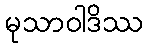
မုသာဝါဒိဿ